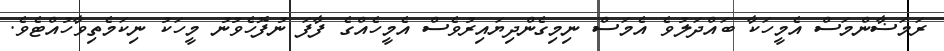
ރަމަޟާންމަސް އެމީހަކާ ބައްދަލުވެ އެމަސް ނިމިގެންދިޔައިރުވެސް އެމީހެއްގެ ފާފަ ނުފޮހެވުނު މީހަކު ނިކަމެތިވާހުއްޓެވެ.